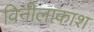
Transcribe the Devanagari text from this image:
विनीलाकाश